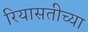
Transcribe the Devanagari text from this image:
रियासतीच्या